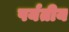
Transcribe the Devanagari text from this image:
पर्यतीय